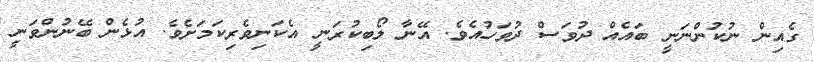
ގެއިން ނުކުންނަނީ ބައެއް ދުވަސް ދުވަހުއެވެ. އޭނާ ލޯބިކުރަނީ އެކަނިވެރިކަމަށެވެ. އުޅެން ބޭނުންވަނީ